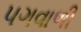
પગવાળી